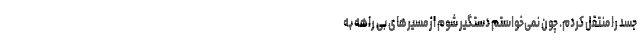
جسد را منتقل کردم. چون نمی‌خواستم دستگیر شوم از مسیر‌های بی راهه به